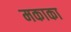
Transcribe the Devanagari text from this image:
मकाका